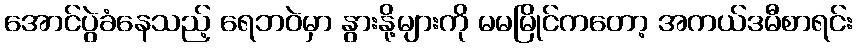
အောင်ပွဲခံနေသည့် ရေဘဝဲမှာ နွားနို့များကို မမမြိုင်ကတော့ အကယ်ဒမီစာရင်း